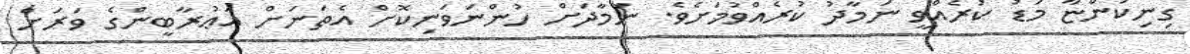
ގިނިކަންޏާ މަޑު ކުރެއްވީ ނަމާދު ކުރެއްވުމަށެވެ. ނަމާދަށް ހުންނަވަނިކޮށް އެތަނަށް އަޢުރާބީންގެ ވަރަށް